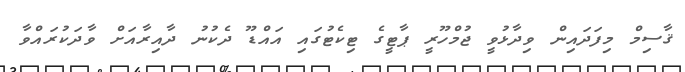
ޤާސިމް މިފަދައިން ވިދާޅުވީ ޖުމްހޫރީ ޕާޓީގެ ޓިކެޓުގައި އައްޑޫ ދެކުނު ދާއިރާއަށް ވާދަކުރައްވާ